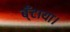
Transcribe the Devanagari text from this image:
ब्ँटाया।